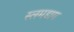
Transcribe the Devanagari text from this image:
स्लमडाग